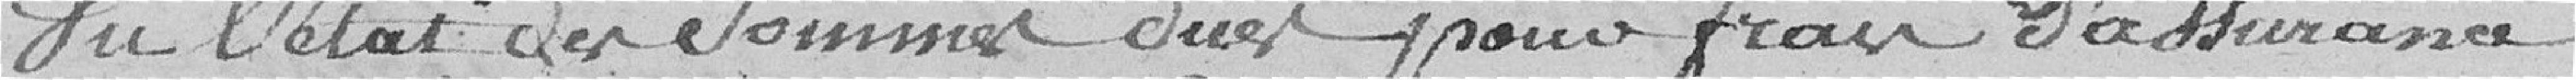
Vu l'état des sommes dues pour frais d'assurance